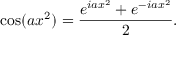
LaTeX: \cos ( a x ^ { 2 } ) = { \frac { e ^ { i a x ^ { 2 } } + e ^ { - i a x ^ { 2 } } } { 2 } } .